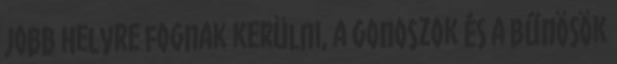
jobb helyre fognak kerülni, a gonoszok és a bűnösök